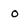
Character: o